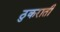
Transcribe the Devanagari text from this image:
ठुकराती